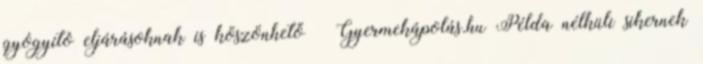
gyógyító eljárásoknak is köszönhető « Gyermekápolás.hu Példa nélküli sikernek